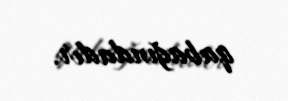
qabağındadır.